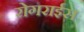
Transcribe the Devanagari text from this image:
रोगराईस